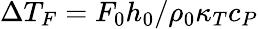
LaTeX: \Delta T_{F}=F_{0}h_{0}/\rho_{0}\kappa_{T}c_{P}